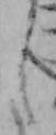
し